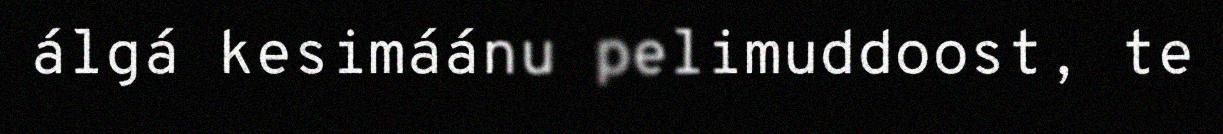
álgá kesimáánu pelimuddoost, te